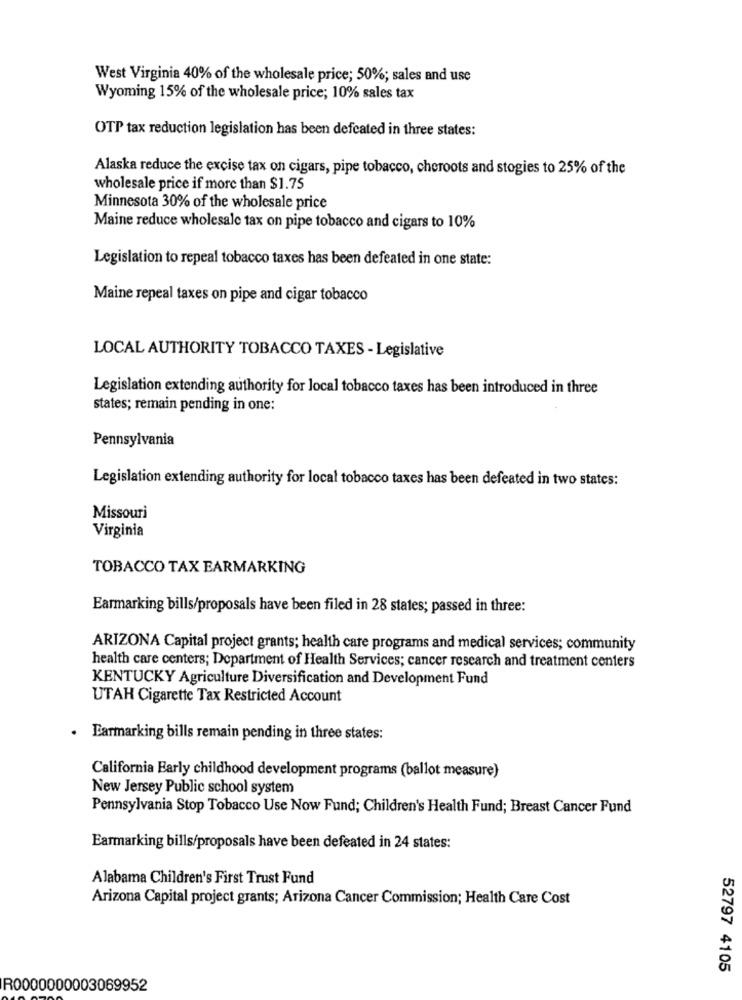
West Virginia 40% of the wholesale price; 50%; sales and use
Wyoming 15% of the wholesale price; 10% sales tax
OTP tax reduction legislation has been defeated in three states:
Alaska reduce the excise tax on cigars, pipe tobacco, cheroots and stogies to 25% of the
wholesale price if more than $1.75
Minnesota 30% of the wholesale price
Maine reduce wholesale tax on pipe tobacco and cigars to 10%
Legislation to repeal tobacco taxes has been defeated in one state:
Maine repeal taxes on pipe and cigar tobacco
LOCAL AUTHORITY TOBACCO TAXES - Legislative
Legislation extending authority for local tobacco taxes has been introduced in three
states; remain pending in one:
Pennsylvania
Legislation extending authority for local tobacco taxes has been defeated in two states:
Missouri
Virginia
TOBACCO TAX EARMARKING
Earmarking bills/proposals have been filed in 28 states; passed in three:
ARIZONA Capital project grants; health care programs and medical services; community
health care centers; Department of Health Services; cancer research and treatment centers
KENTUCKY Agriculture Diversification and Development Fund
UTAH Cigarette Tax Restricted Account
.
Earmarking bills remain pending in three states:
California Early childhood development programs (ballot measure)
New Jersey Public school system
Pennsylvania Stop Tobacco Use Now Fund; Children's Health Fund; Breast Cancer Fund
Earmarking bills/proposals have been defeated in 24 states:
Alabama Children's First Trust Fund
Arizona Capital project grants; Arizona Cancer Commission; Health Care Cost
52797 4105
R0000000003069952